Vaccination in Bombay 1913-1923 - 1913-1923
Year: 1913
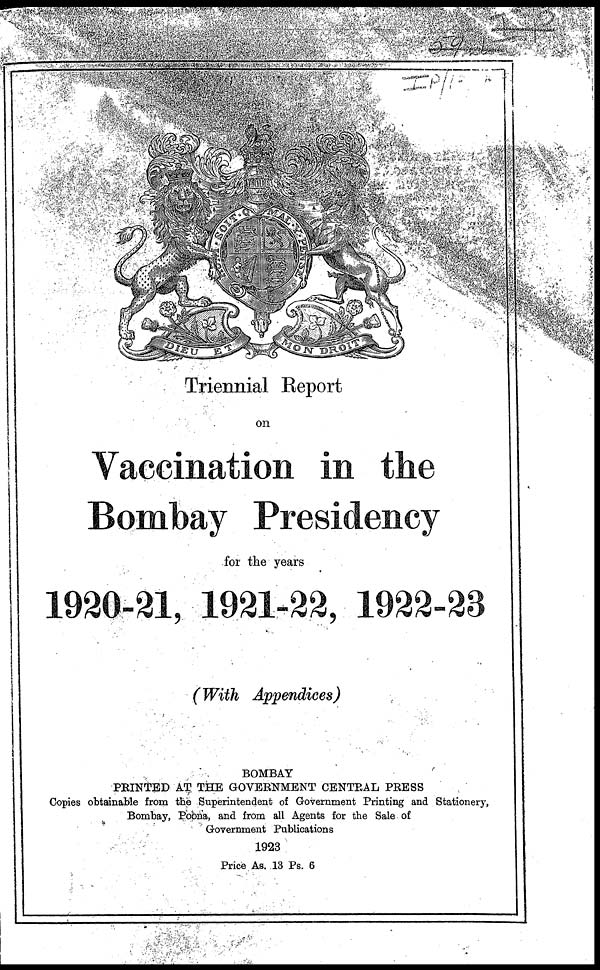
Triennial Report
on
Vaccination in the
Bombay Presidency
for the years
1920-21, 1921-22, 1922-23
(With Appendices)
BOMBAY
PRINTED AT THE GOVERNMENT CENTRAL PRESS
Copies obtainable from the Superintendent of Government Printing and Stationery,
Bombay, Poona, and from all Agents for the Sale of
Government Publications
1923
Price As. 13 Ps. 6